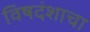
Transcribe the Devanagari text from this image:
विषदंशाचा